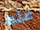
عنه